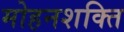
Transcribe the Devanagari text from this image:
मोहनशक्ति